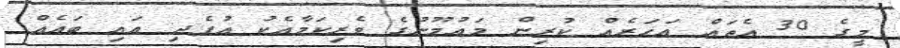
މީގެ 30 އެތައް އަހަރެއް ކުރިން މައުމޫނުގެ ވެރިކަމާއެކު އުފެދި އައި ބައެއް